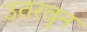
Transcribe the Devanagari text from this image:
उतरवुन